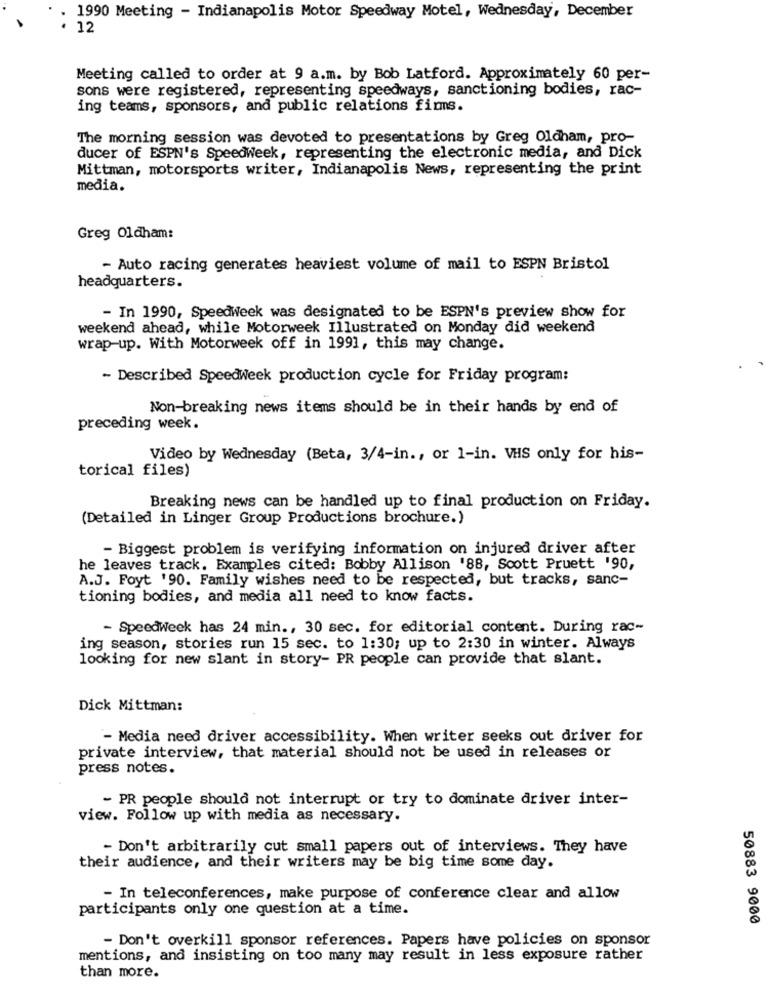
1990 Meeting - Indianapolis Motor Speedway Motel, Wednesday, December
· 12
Meeting called to order at 9 a.m. by Bob Latford. Approximately 60 per-
sons were registered, representing speedways, sanctioning bodies, rac-
ing teams, sponsors, and public relations firms.
The morning session was devoted to presentations by Greg Oldham, pro-
ducer of ESPN's Speedweek, representing the electronic media, and Dick
Mittman, motorsports writer, Indianapolis News, representing the print
media.
Greg Oldham:
- Auto racing generates heaviest volume of mail to ESPN Bristol
headquarters.
- In 1990, Speedweek was designated to be ESPN's preview show for
weekend ahead, while Motorweek Illustrated on Monday did weekend
wrap-up. With Motorweek off in 1991, this may change.
- Described SpeedWeek production cycle for Friday program:
Non-breaking news items should be in their hands by end of
preceding week.
Video by Wednesday (Beta, 3/4-in ., or 1-in. VHS only for his-
torical files)
Breaking news can be handled up to final production on Friday.
(Detailed in Linger Group Productions brochure.)
- Biggest problem is verifying information on injured driver after
he leaves track. Examples cited: Bobby Allison '88, Scott Pruett '90,
A.J. Foyt '90. Family wishes need to be respected, but tracks, sanc-
tioning bodies, and media all need to know facts.
- SpeedWeek has 24 min ., 30 sec. for editorial content. During rac-
ing season, stories run 15 sec. to 1:30; up to 2:30 in winter. Always
looking for new slant in story- PR people can provide that slant.
Dick Mittman:
- Media need driver accessibility. When writer seeks out driver for
private interview, that material should not be used in releases or
press notes.
- PR people should not interrupt or try to dominate driver inter-
view. Follow up with media as necessary.
- Don't arbitrarily cut small papers out of interviews. They have
their audience, and their writers may be big time some day.
- In teleconferences, make purpose of conference clear and allow
participants only one question at a time.
50883 9000
- Don't overkill sponsor references. Papers have policies on sponsor
mentions, and insisting on too many may result in less exposure rather
than more.